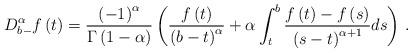
LaTeX: \begin{align*}D_{b-}^{\alpha }f\left( t\right) =\frac{\left( -1\right) ^{\alpha }}{\Gamma\left( 1-\alpha \right) }\left( \frac{f\left( t\right) }{\left( b-t\right)^{\alpha }}+\alpha \int_{t}^{b}\frac{f\left( t\right) -f\left( s\right) }{\left( s-t\right) ^{\alpha +1}}ds\right)\,. \end{align*}